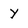
Character: y